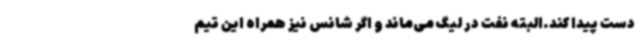
دست پیدا کند.البته نفت در لیگ می‌ماند و اگر شانس نیز همراه این تیم